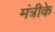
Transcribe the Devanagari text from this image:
मंत्रीके